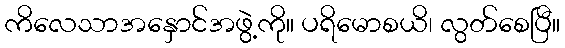
ကိလေသာအနှောင်အဖွဲ့ကို။ ပရိမောစယိ၊ လွတ်စေပြီ။